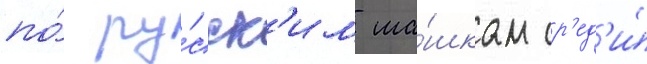
по́ ру́сск'им ша́шкам ср'ед'и́